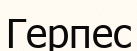
Герпес